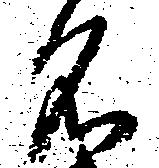
名